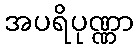
အပရိပုဏ္ဏာ